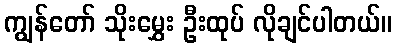
ကျွန်တော် သိုးမွှေး ဦးထုပ် လိုချင်ပါတယ်။